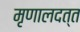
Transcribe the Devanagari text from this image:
मृणालदत्त